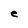
Character: e